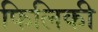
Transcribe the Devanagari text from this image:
फिलिकी